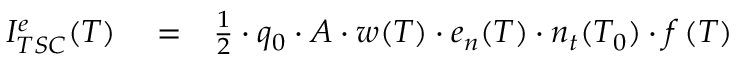
\begin{array} { r l r } { I _ { T S C } ^ { e } ( T ) } & { { } = } & { { \frac { 1 } { 2 } } \cdot q _ { 0 } \cdot A \cdot w ( T ) \cdot e _ { n } ( T ) \cdot n _ { t } ( T _ { 0 } ) \cdot f \left( T \right) } \end{array}